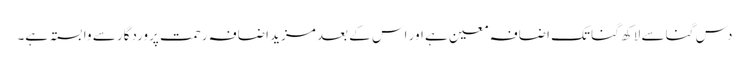
دس گنا سے لاکھ گنا تک اضافہ معین ہے اور اس کے بعد مزید اضافہ رحمت پروردگار سے وابستہ ہے۔